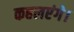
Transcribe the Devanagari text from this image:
कहलएंगे।